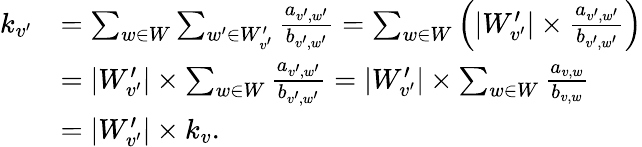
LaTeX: \begin{array}{rl}{k_{v^{\prime}}}&{=\sum_{w\in W}\sum_{w^{\prime}\in W_{v^{\prime}}^{\prime}}\frac{a_{v^{\prime},w^{\prime}}}{b_{v^{\prime},w^{\prime}}}=\sum_{w\in W}\left(|W_{v^{\prime}}^{\prime}|\times\frac{a_{v^{\prime},w^{\prime}}}{b_{v^{\prime},w^{\prime}}}\right)}\\ &{=|W_{v^{\prime}}^{\prime}|\times\sum_{w\in W}\frac{a_{v^{\prime},w^{\prime}}}{b_{v^{\prime},w^{\prime}}}=|W_{v^{\prime}}^{\prime}|\times\sum_{w\in W}\frac{a_{v,w}}{b_{v,w}}}\\ &{=|W_{v^{\prime}}^{\prime}|\times k_{v}.}\end{array}